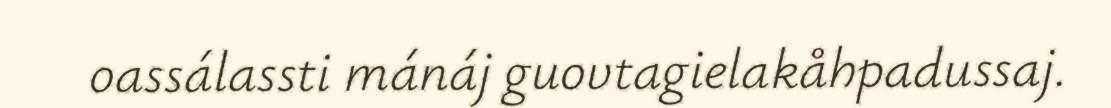
oassálassti mánáj guovtagielakåhpadussaj.